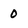
Character: 0